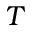
T